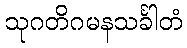
သုဂတိဂမနသင်္ခါတံ